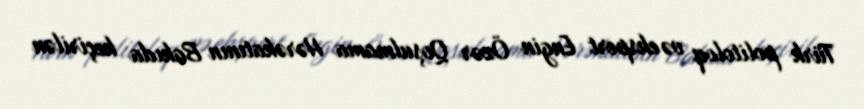
Türk politoloq və ekspert Engin Özər Qoşulmama Hərəkatının Bakıda keçirilən